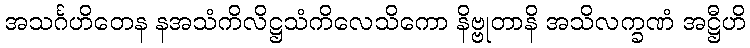
အသင်္ဂဟိတေန နအသံကိလိဋ္ဌသံကိလေသိကော နိဗ္ဗုတာနိ အသိလက္ခဏံ အဋ္ဌီဟိ